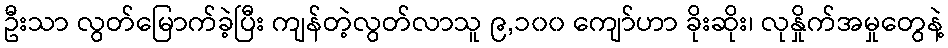
ဦးသာ လွတ်မြောက်ခဲ့ပြီး ကျန်တဲ့လွတ်လာသူ ၉,၁၀၀ ကျော်ဟာ ခိုးဆိုး၊ လုနှိုက်အမှုတွေနဲ့